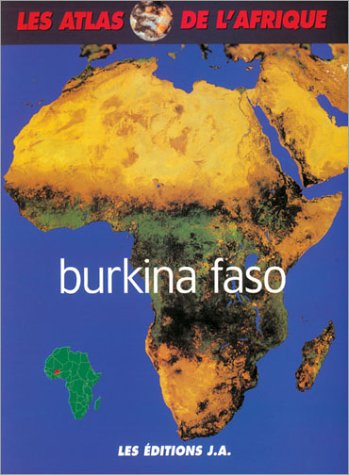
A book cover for Burkina faso atlas; Collectif; Travel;